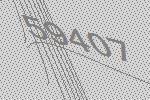
59407